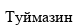
Туймазин